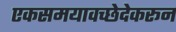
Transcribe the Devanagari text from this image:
एकसमयावच्छेदेकरून